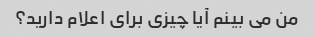
من می بینم آیا چیزی برای اعلام دارید؟